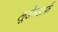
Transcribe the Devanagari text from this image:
लूडेनडार्फ